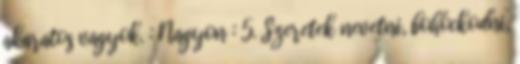
akaratos vagyok. : Nagyon : 5. Szeretek nevetni, bohóckodni,